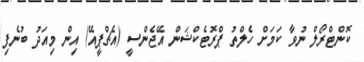
ކޮންޓްރޯލް ނުވާ ކަމަށް ހެލްތު ޕްރޮޓެކްޝަން އޭޖެންސީ (އެޗްޕީއޭ) އިން މިއަދު ބުނެފި